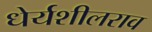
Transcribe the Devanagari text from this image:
धेर्यशीलराव